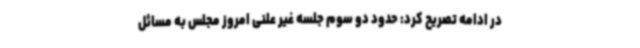
در ادامه تصریح کرد: حدود دو سوم جلسه غیر علنی امروز مجلس به مسائل